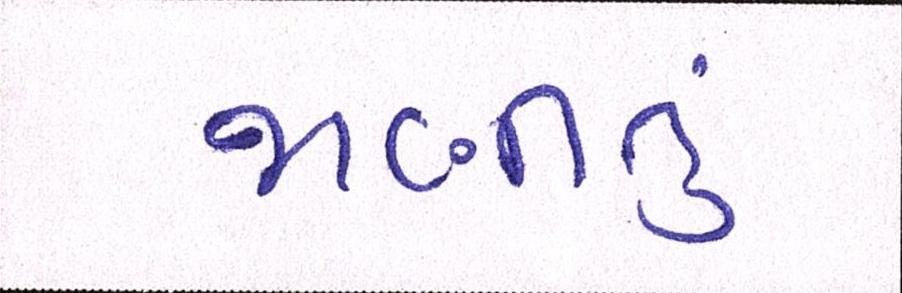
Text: જાણીતુ